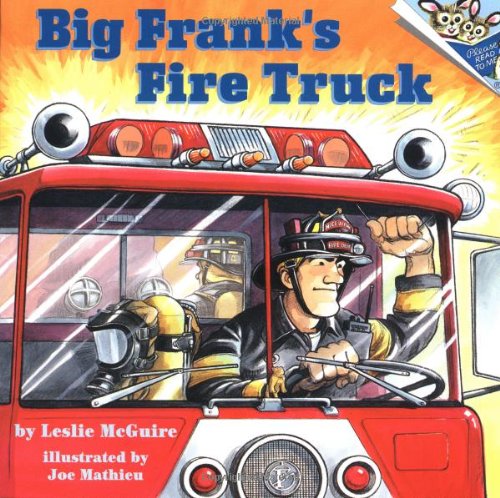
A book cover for Big Frank's Fire Truck (Pictureback(R)); Leslie McGuire; Children's Books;